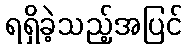
ရရှိခဲ့သည့်အပြင်